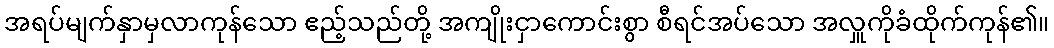
အရပ်မျက်နှာမှလာကုန်သော ဧည့်သည်တို့ အကျိုးငှာကောင်းစွာ စီရင်အပ်သော အလှူကိုခံထိုက်ကုန်၏။